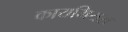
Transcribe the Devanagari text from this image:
कायमियरा